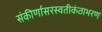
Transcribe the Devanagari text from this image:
संकीर्णासरस्वतीकंठाभरण